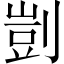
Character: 剴